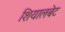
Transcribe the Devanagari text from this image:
शियालबेट